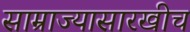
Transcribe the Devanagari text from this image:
साम्राज्यासारखीच